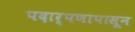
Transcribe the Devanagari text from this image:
पदार्पणापासून